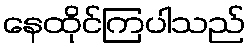
နေထိုင်ကြပါသည်